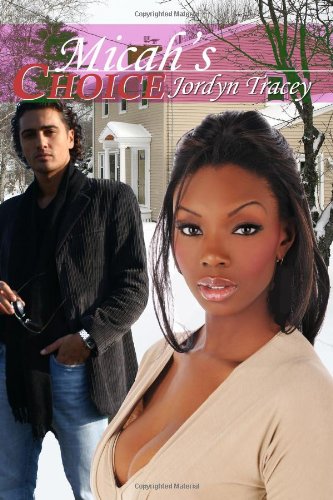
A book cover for Micah's Choice; Jordyn Tracey; Romance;